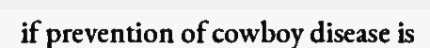
if prevention of cowboy disease is